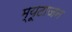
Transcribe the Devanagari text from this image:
म्यूटाजन